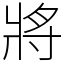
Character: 將